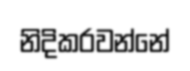
නිදිකරවන්නේ